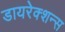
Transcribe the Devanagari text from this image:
डायरेक्शन्स